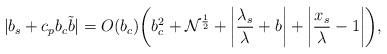
LaTeX: \begin{align*}|b_s+c_pb_c\tilde{b}|=O(b_c)\bigg{(}b_c^{2}+\mathcal{N}^{\frac{1}{2}}+\bigg{|}\frac{\lambda_s}{\lambda}+b\bigg{|}+\bigg{|}\frac{x_s}{\lambda}-1\bigg{|}\bigg{)},\end{align*}